Resolution on Dr Rogers' report on Kala azar.
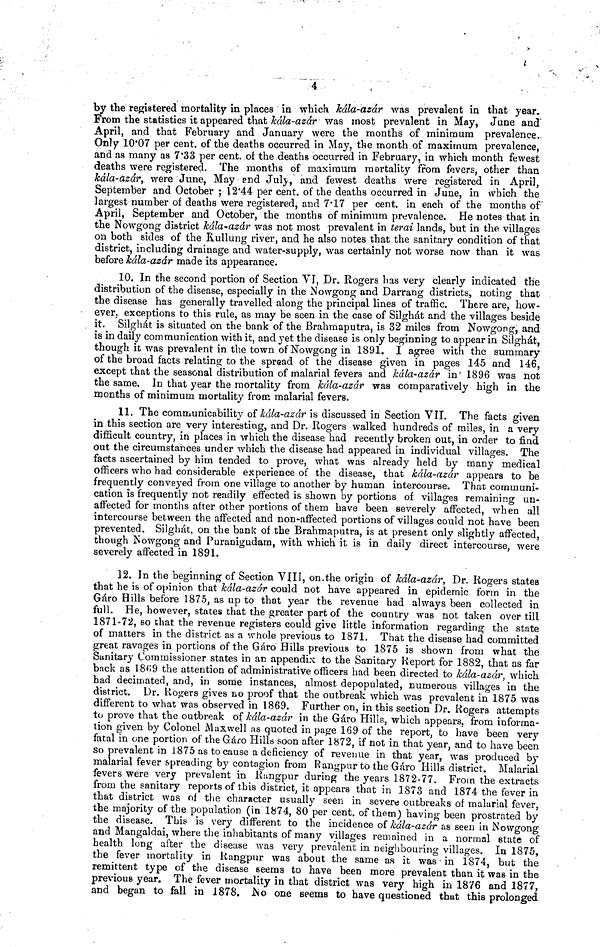
4
by the registered mortality in places in which kála-azár was prevalent in that year.
From the statistics it appeared that kála-azár was most prevalent in May, June and
April, and that February and January were the months of minimum prevalence.
Only 10.07 per cent. of the deaths occurred in May, the month of maximum prevalence,
and as many as 7.33 per cent. of the deaths occurred in February, in which month fewest
deaths were registered. The months of maximum mortality from fevers, other than
kála-azár, were June, May and July, and fewest deaths were registered in April,
September and October ; 12.44 per cent. of the deaths occurred in June, in which the
largest number oí deaths were registered, and 7.17 per cent. in each of the months of
April, September and October, the months of minimum prevalence. He notes that in
the Nowgong district kála-azár was not most prevalent in terai lands, but in the villages
on both sides of the Rullung river, and he also notes that the sanitary condition of that
district, including drainage and water-supply, was certainly not worse now than it was
before kála-azár made its appearance.
10. In the second portion of Section VI, Dr. Rogers has very clearly indicated the
distribution of the disease, especially in the Νowgong and Darrang districts, noting that
the disease has generally travelled along the principal lines of traffic. There are, how-
ever, exceptions to this rule, as may be seen in the case of Silghát and the villages beside
it. Silghát is situated on the bank of the Brahmaputra, is 32 miles from Nowgong, and
is in daily communication with it, and yet the disease is only beginning to appear in Silghát,
though it was prevalent in the town of Nowgong in 1891. I agree with the summary
of the broad facts relating to the spread of the disease given in pages 145 and 146,
except that the seasonal distribution of malarial fevers and kála-azár in 1896 was not
the same. In that year the mortality from kála-azár was comparatively high in the
months of minimum mortality from malarial fevers.
11. The communicability of kála-azár is discussed in Section VII. The facts given
in this section are very interesting, and Dr. Rogers walked hundreds of miles, in a very
difficult country, in places in which the disease had recently broken out, in order to find
out the circumstances under which the disease had appeared in individual villages. The
facts ascertained by him tended to prove, what was already held by many medical
officers who had considerable experience of the disease, that kála-azár appears to be
frequently conveyed from one village to another by human intercourse. That communi-
cation is frequently not readily effected is shown by portions of villages remaining un-
affected for months after other portions of them have been severely affected, when all
intercourse between the affected and non-affected portions of villages could not have been
prevented. Silghát, on the bank of the Brahmaputra, is at present only slightly affected,
though Nowgong and Puranigudam, with which it is in daily direct intercourse, were
severely affected in 1891.
12. In the beginning of Section VIII, on. the origin of kála-azár, Dr. Rogers states
that he is of opinion that kála-azár could not have appeared in epidemic form in the
Gáro Hills before 1875, as up to that year the revenue had always been collected in
full. He, however, states that the greater part of the country was not taken over till
1871-72, so that the revenue registers could give little information regarding the state
of matters in the district as a whole previous to 1871. That the disease had committed
great ravages in portions of the Gáro Hills previous to 1875 is shown from what the
Sanitary Commissioner states in an appendix to the Sanitary Report for 1882, that as far
back as 1869 the attention of administrative officers had been directed to kála-azár, which
had decimated, and, in some instances, almost depopulated, numerous villages in the
district. Dr. Rogers gives no proof that the outbreak which was prevalent in 1875 was
different to what was observed in 1869. Further on, in this section Dr. Rogers attempts
to prove that the outbreak of Kála-azár in the Gáro Hills, which appears, from informa-
tion given by Colonel Maxwell as quoted in page 169 of the report, to have been very
fatal in one portion of the Gáro Hills soon after 1872, if not in that year, and to have been
so prevalent in 1875 as to cause a deficiency of revenue in that year, was produced by
malarial fever spreading by contagion from Rangpur to the Gáro Hills district. Malarial
fevers were very prevalent in Rangpur during the years 1872-77. From the extracts
from the sanitary reports of this district, it appears that in 1873 and 1874 the fever in
that district was of the character usually seen in severe outbreaks of malarial fever,
the majority of the population (in 1874, 80 per cent. of them; having been prostrated by
the disease. This is very different to the incidence of kála-azár as seen in Nowgong
and Mangaldai, where the inhabitants of many villages remained in a normal state of
health long after the disease was very prevalent in neighbouring villages. In 1875,
the fever mortality in Rangpur was about the same as it was in 1874, but the
remittent type of the disease seems to have been more prevalent than it was in the
previous year. The fever mortality in that district was very high in 1876 and 1877,
and began to fall in 1878. No one seems to have questioned that this prolonged